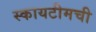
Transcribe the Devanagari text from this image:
स्कायटीमची